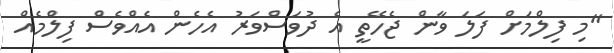
"މި ފިލްމަށް ފަލަ ވާން ޖެހޭތީ އެ ދުވަސްވަރު އެހެން އެއްވެސް ފިލްމެއް